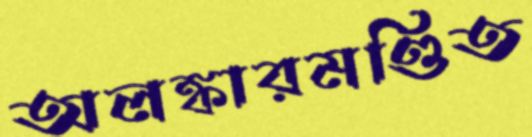
অলঙ্কারমণ্ডিত